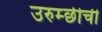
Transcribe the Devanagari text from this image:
उरुम्छीची